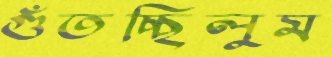
গুঁতচ্ছিলুম